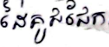
ដៃគូជជែក